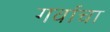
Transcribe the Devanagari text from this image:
गर्वाचा